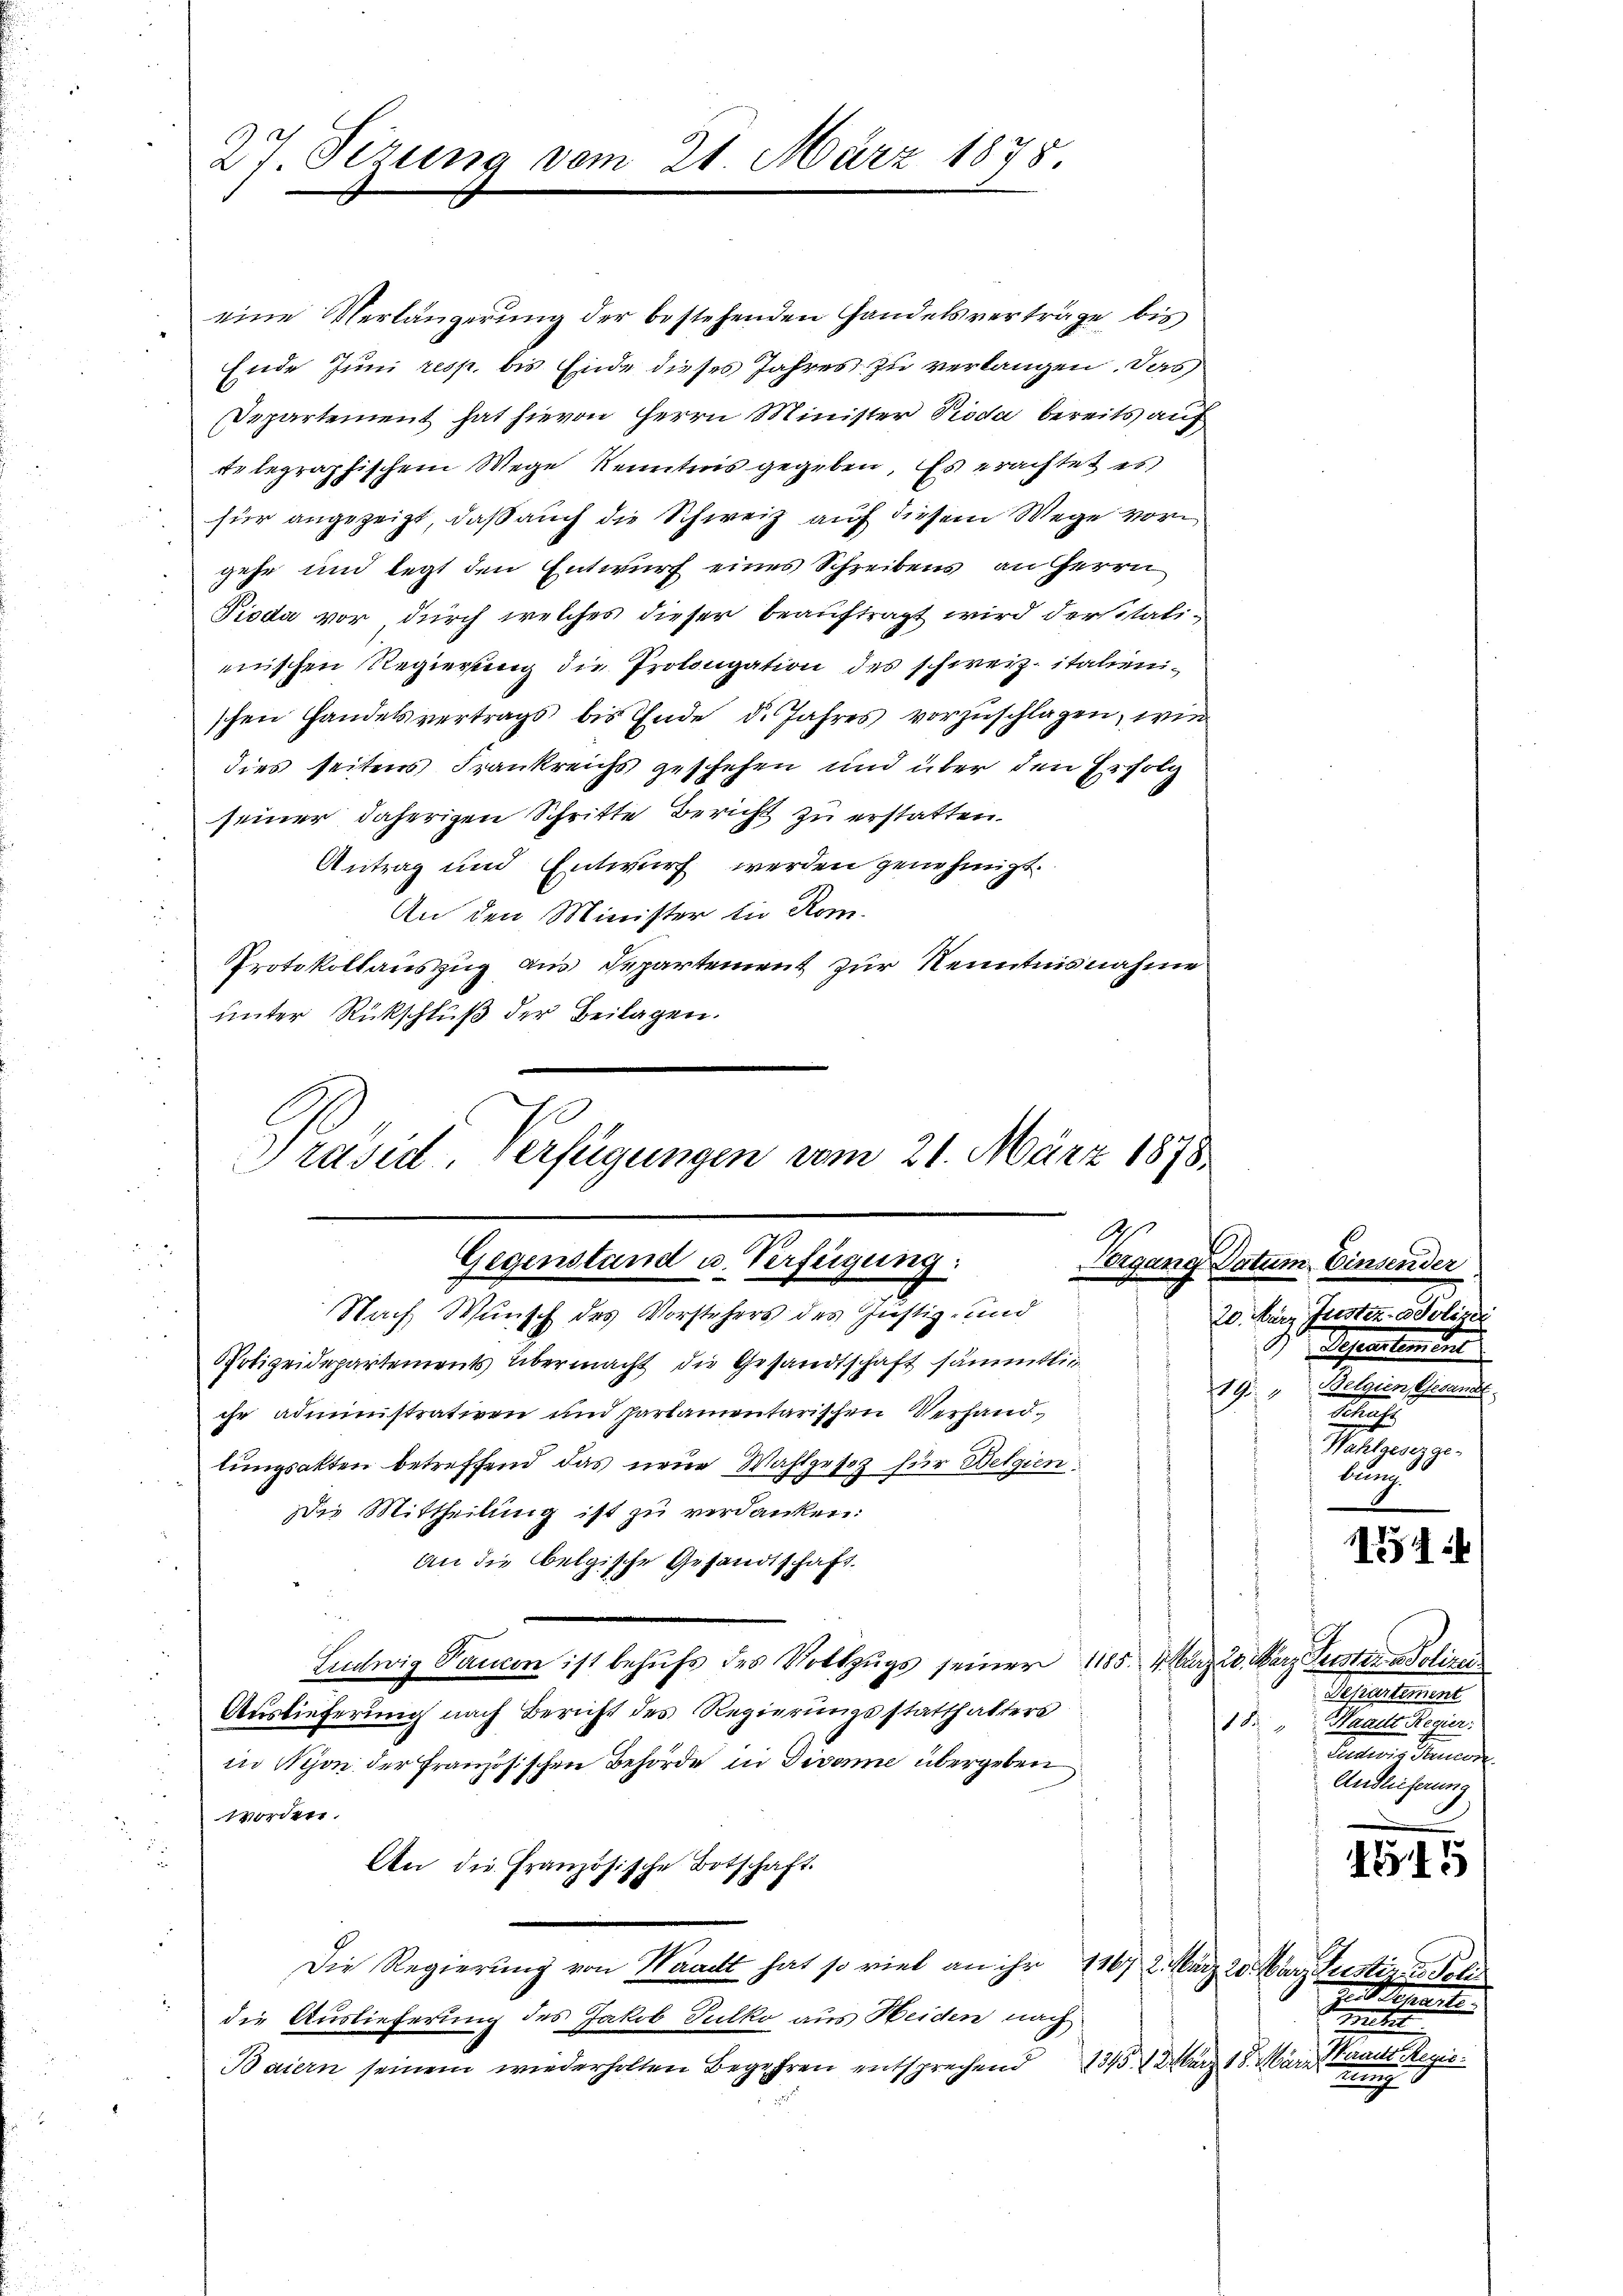
27. Ferung vom

21. März 1878

eine Verlängerŭng der bestehenden Handelsverträge bis
Ende Juni resp. bis Ende dieses Jahres zu verlangen. Das
Departement hat hievon Herrn Minister Pioda bereits auf
telegraphischem Wege Kenntnis gegeben. Es erachtet er
für angezeigt, daß auch die Schweiz auf diesem Wege vor
gehe und legt den Entwurf eines Schreibens an Herrn
Pioda vor, durch welches dieser beauftragt wird dersitalimischen Regierung die Prolongation des schweiz. italienischen Handelsvertrags bis Ende d. Jahres vorzuschlagen, wie
dies seitens Frankreichs geschehen und über den Erfolg
seiner daherigen Schritte Bericht zu erstatten.
Antrag und Entwurf werden genehmigt.
An den Minister in Rom.
Protokollauszug aus Departement zur Kenntnisnahme
unter Rückschluß der Beilagen.
Präsid. Verfügungen vom 21. März 1878

Gegenstand u. Verfügung:
Nach Wunsch des Vorstehers des Justiz- und

i
Polizeidepartements übermacht die Gesandtschaft sämmtlich
che administrativen und partamentarischen Verhandlungsakten betreffend das neue Wahlgesetz für Welgien:
Die Mittheilung ist zu verdanken:
An die belgische Gesandtschaft.
Ludwig Tancen ist behufs des Vollzugs seiner 1185. 420. März erster an einer
Auslieferung nach Bericht des Regierungsstatthalters
18
in Nyon der Französischen Behörde in Divone übergeben
worden.
An die Französische Botschaft.
Die Regierung von Waadt hat so viel an ihr 1167 2. März 20. März erstin Feli
die Auslieferung des Jakob Tulko aus Heiden nach
Baiern seinem wiederholten Begehren entsprechend

Vorgang Datum Einsender
20. März Justiz-Aeoliger
Separtemens
19, Belgien Gesandt
g
Hetzenzge
bung

154

Schelseel
Waadt Regier
Lateines Gemeinde
Andlieferung

1845

ve Kennte
g
1315. März 18. März Staats Regie
g